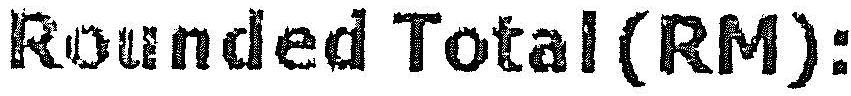
ROUNDED TOTAL (RM):